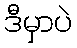
ဒီမှာပဲ